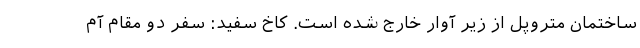
ساختمان متروپل از زیر آوار خارج شده است. کاخ سفید: سفر دو مقام آم